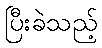
ပြီးခဲသည့်